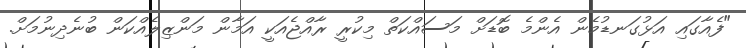
"ފެއާގައި އަޅުގަނޑުމެން އެންމެ ބޮޑަށް މަސައްކަތް މިކުރީ ރާއްޖެއަކީ އަމާން މަންޒިލެއްކަން ބުނެދިނުމަށް.